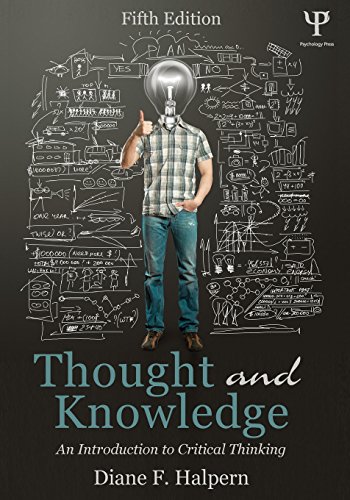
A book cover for Thought and Knowledge: An Introduction to Critical Thinking; Diane F. Halpern; Medical Books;